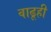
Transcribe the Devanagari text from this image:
वाढूही